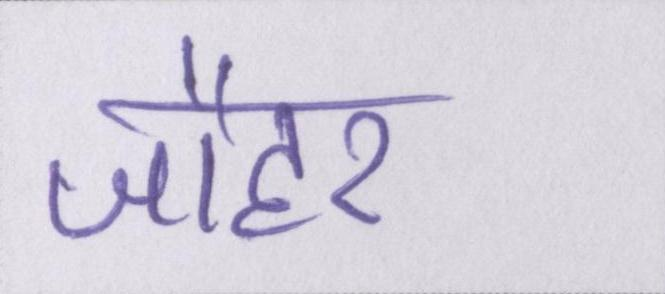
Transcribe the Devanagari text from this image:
जौहर